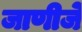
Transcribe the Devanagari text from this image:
जाणीजे